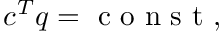
c ^ { T } q = \mathrm { ~ c ~ o ~ n ~ s ~ t ~ } ,